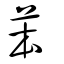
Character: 苯